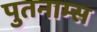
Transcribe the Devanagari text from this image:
पुतनाम्स